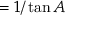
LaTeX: = { 1 / \tan A }